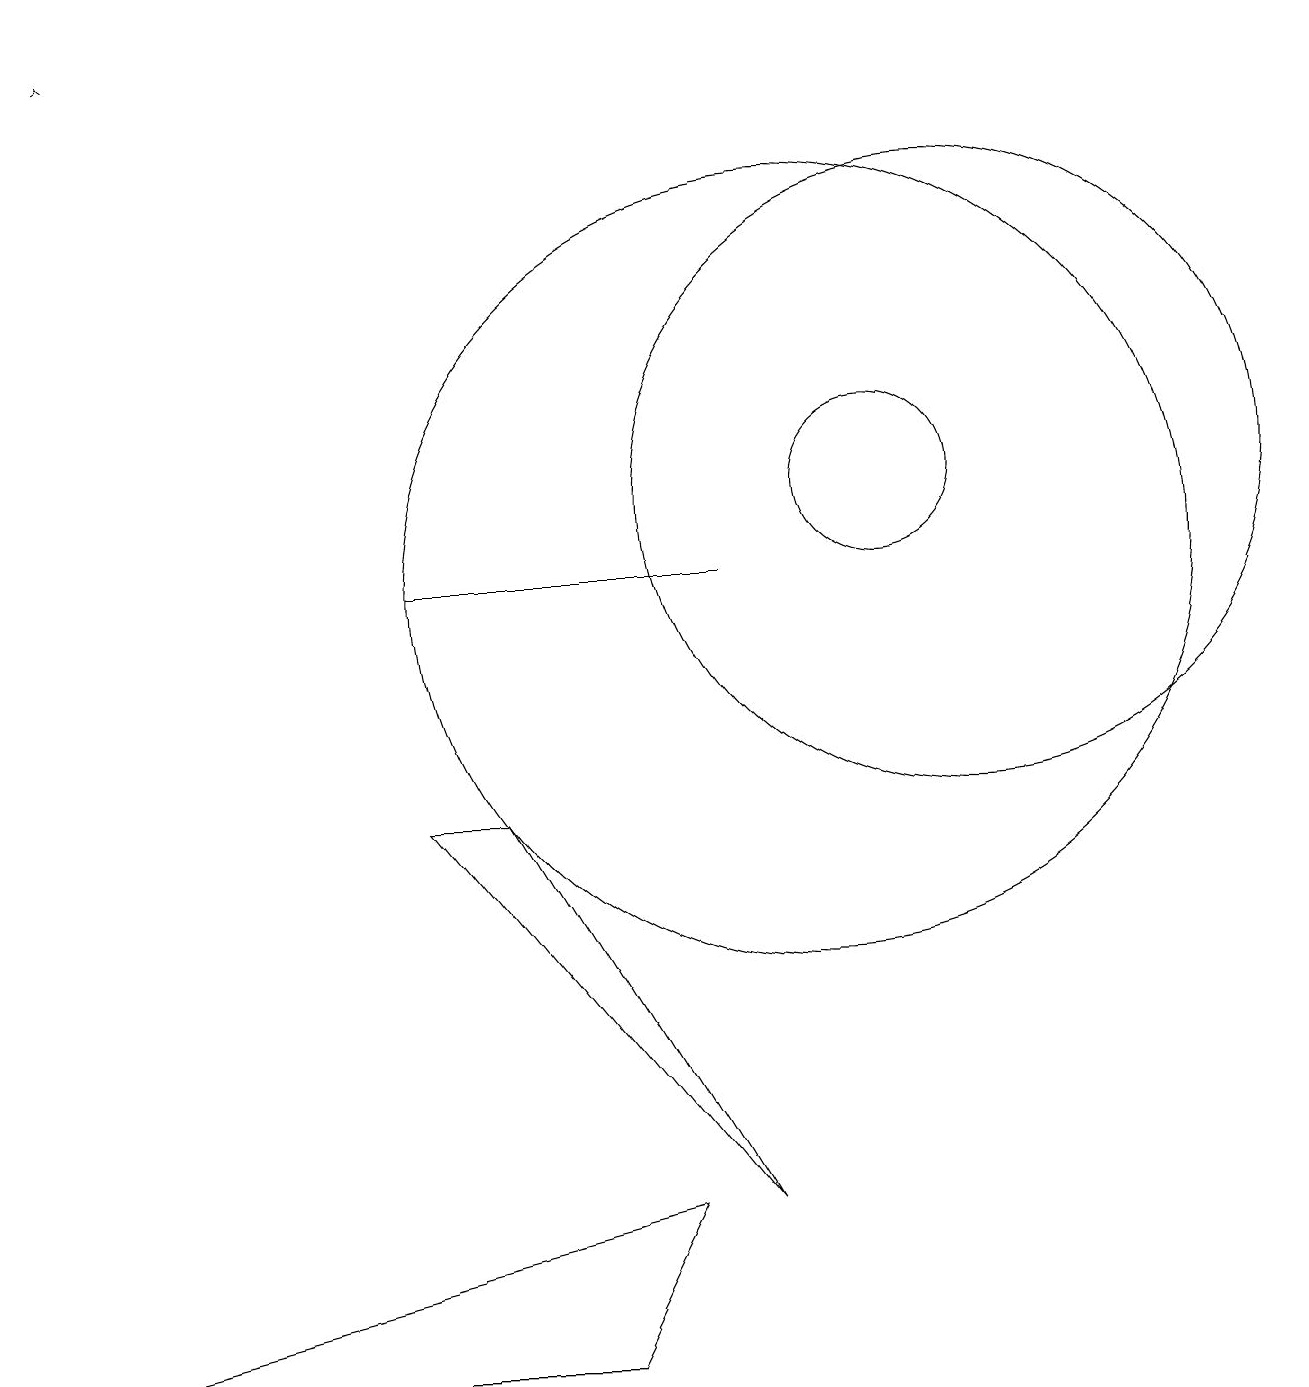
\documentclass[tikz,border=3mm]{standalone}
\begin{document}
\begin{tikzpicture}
\draw (11,11) circle (1);
\draw[->] (1,17) -- (1,17);
\draw (12,11) circle (4);
\draw (0,0) -- (7,0) -- (8,2) -- cycle;
\draw (10,10) circle (5);
\draw (9,10) rectangle (5,10);
\draw (9,2) -- (6,7) -- (5,7) -- cycle;
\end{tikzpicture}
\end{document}